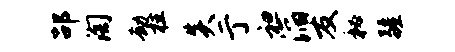
劭淘劫柱炎亍袒滔友秘疆